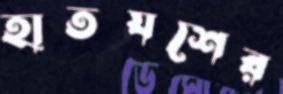
হাতযশের